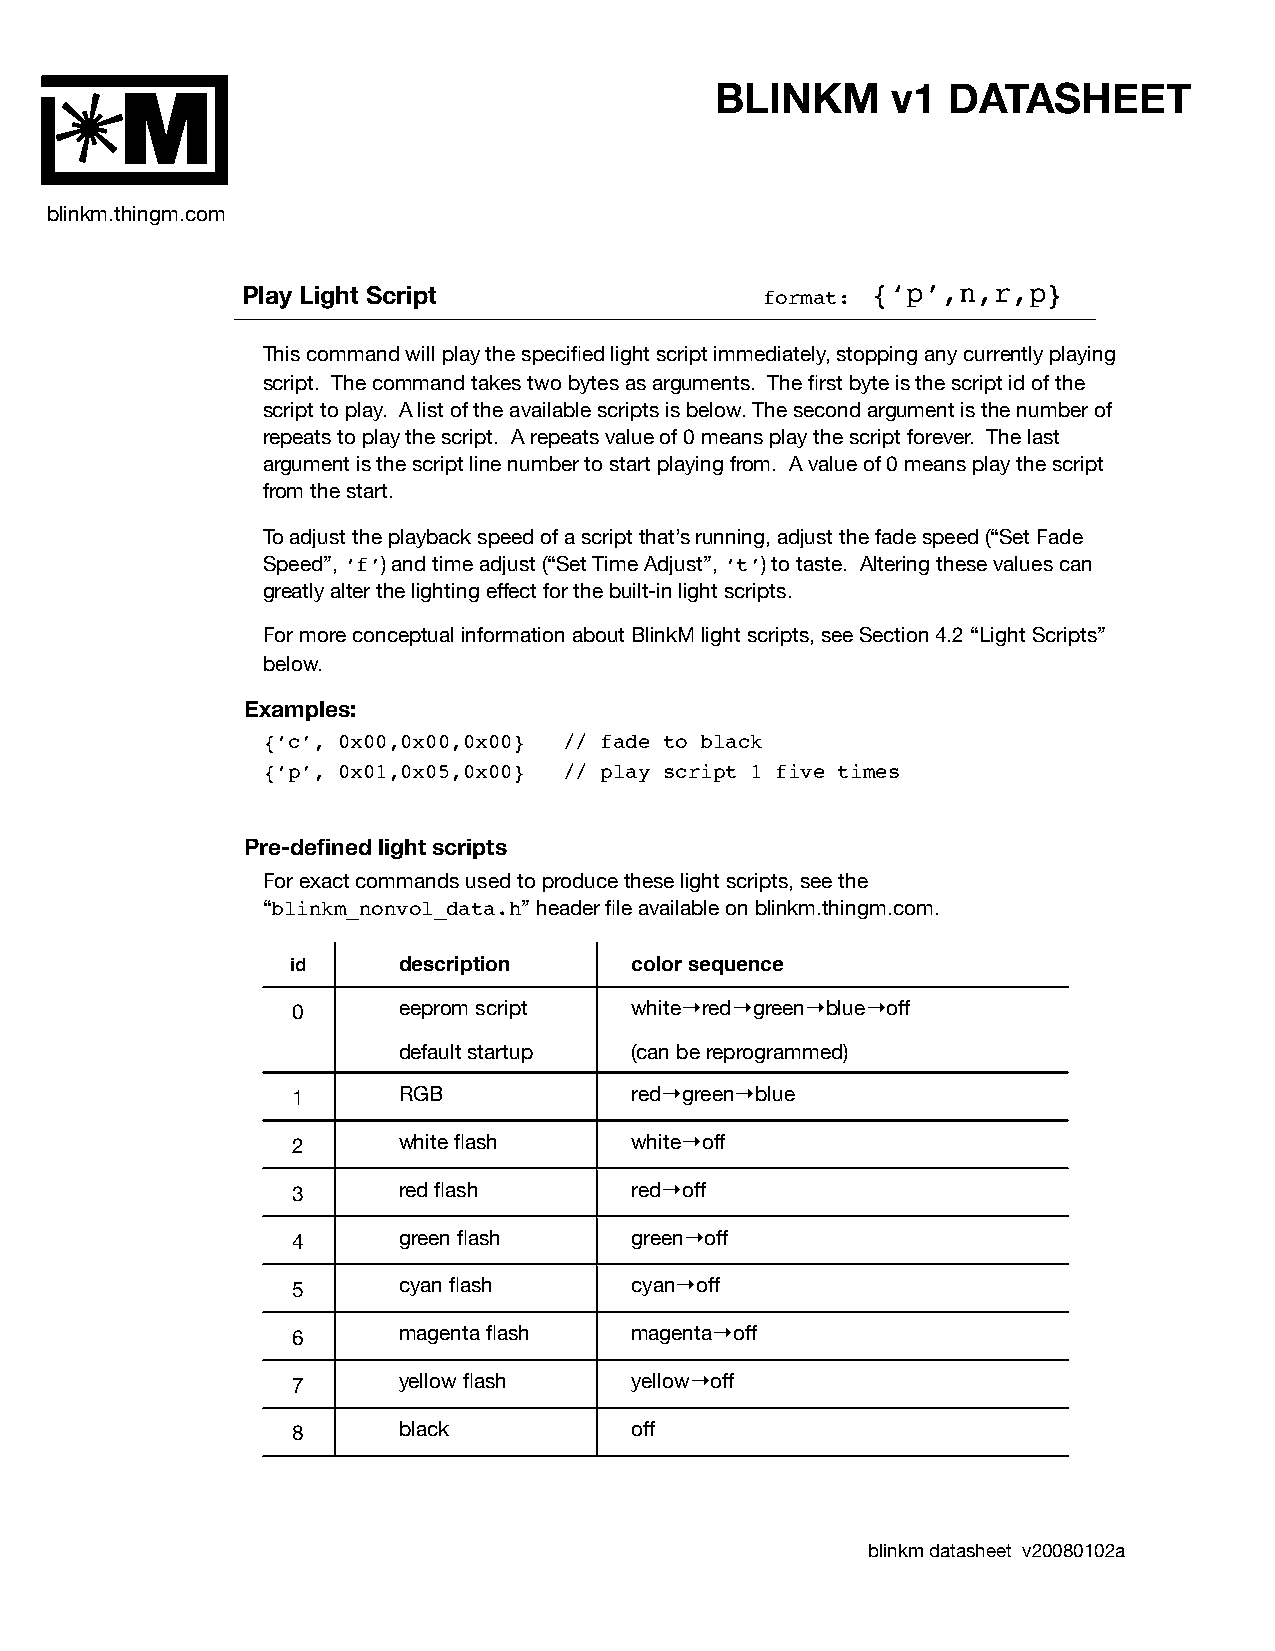
BLINKM      v1  DATASHEET
 M
 blinkm.thingm.com
 Play Light Script                 format: {‘p’,n,r,p}
 This command will play the specified light script immediately, stopping any currently playing
 script. The command takes two bytes as arguments. The first byte is the script id of the
 script to play. A list of the available scripts is below. The second argument is the number of
 repeats to play the script. A repeats value of 0 means play the script forever. The last
 argument is the script line number to start playing from. A value of 0 means play the script
 from the start.
 To adjust the playback speed of a script that’s running, adjust the fade speed (“Set Fade
 Speed”, ‘f’) and time adjust (“Set Time Adjust”, ‘t’) to taste. Altering these values can
 greatly alter the lighting effect for the built-in light scripts.
 For more conceptual information about BlinkM light scripts, see Section 4.2 “Light Scripts”
 below.
 Examples:
 {‘c’, 0x00,0x00,0x00} // fade to black
 {‘p’, 0x01,0x05,0x00} // play script 1 five times
 Pre-defined light scripts
 For exact commands used to produce these light scripts, see the
 “blinkm_nonvol_data.h” header file available on blinkm.thingm.com.
 id     description     color sequence
 0      eeprom script   white→red→green→blue→off
 default startup (can be reprogrammed)
 1      RGB             red→green→blue
 2      white flash     white→off
 3      red flash       red→off
 4      green flash     green→off
 5      cyan flash      cyan→off
 6      magenta flash   magenta→off
 7      yellow flash    yellow→off
 8      black           off
 blinkm datasheet v20080102a